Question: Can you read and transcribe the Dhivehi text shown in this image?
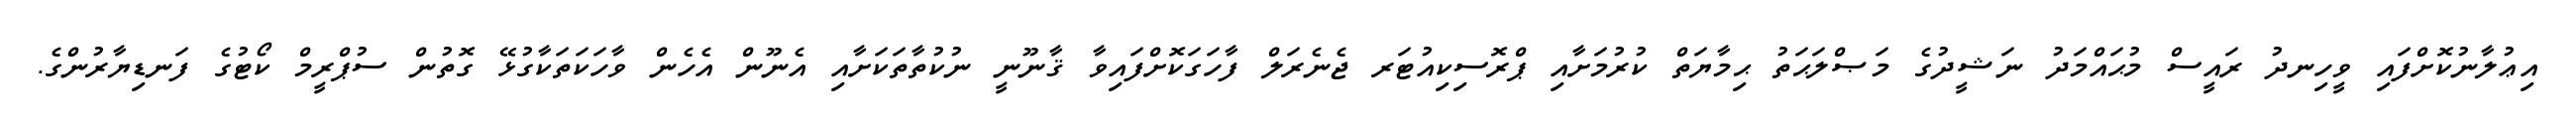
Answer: އިޢުލާނުކޮށްފައި ވީހިނދު ރައީސް މުޙައްމަދު ނަޝީދުގެ މަޞްލަޙަތު ޙިމާޔަތް ކުރުމަށާއި ޕްރޮސިކިއުޓަރ ޖެނެރަލް ފާހަގަކޮށްފައިވާ ޤާނޫނީ ނުކުތާތަކަށާއި އެނޫން އެހެން ވާހަކަތަކާގުޅޭ ގޮތުން ސުޕްރީމް ކޯޓުގެ ފަނޑިޔާރުންގެ.